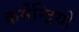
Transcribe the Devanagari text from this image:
कर्मेन्द्रियों